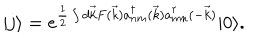
| j \rangle = e ^ { \frac { 1 } { 2 } \int d \vec { k } F ( \vec { k } ) a _ { n m } ^ { \dagger } ( \vec { k } ) a _ { m n } ^ { \dagger } ( - \vec { k } ) } | 0 \rangle .